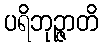
ပရိဘုဉ္ဇာတိ